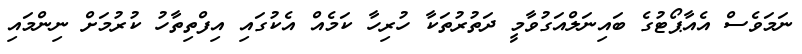
ނަމަވެސް އެއާޕޯޓުގެ ބައިނަލްއަގުވާމީ ދަތުރުތަކާ ހުރިހާ ކަމެއް އެކުގައި އިފްތިތާހު ކުރުމަށް ނިންމައި